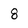
Character: 8